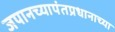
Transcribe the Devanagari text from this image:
जपानच्यापंतप्रधानाच्या